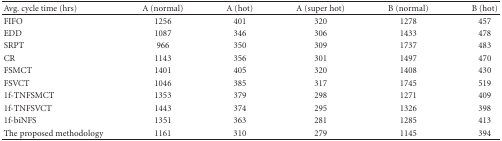
<table><thead><tr><td><b>Avg. cycle time (hrs)</b></td><td><b>A (normal)</b></td><td><b>A (hot)</b></td><td><b>A (super hot)</b></td><td><b>B (normal)</b></td><td><b>B (hot)</b></td></tr></thead><tbody><tr><td>FIFO</td><td>1256</td><td>401</td><td>320</td><td>1278</td><td>457</td></tr><tr><td>EDD</td><td>1087</td><td>346</td><td>306</td><td>1433</td><td>478</td></tr><tr><td>SRPT</td><td>966</td><td>350</td><td>309</td><td>1737</td><td>483</td></tr><tr><td>CR</td><td>1143</td><td>356</td><td>301</td><td>1497</td><td>470</td></tr><tr><td>FSMCT</td><td>1401</td><td>405</td><td>320</td><td>1408</td><td>430</td></tr><tr><td>FSVCT</td><td>1046</td><td>385</td><td>317</td><td>1745</td><td>519</td></tr><tr><td>1f-TNFSMCT</td><td>1353</td><td>379</td><td>298</td><td>1271</td><td>409</td></tr><tr><td>1f-TNFSVCT</td><td>1443</td><td>374</td><td>295</td><td>1326</td><td>398</td></tr><tr><td>1f-biNFS</td><td>1351</td><td>363</td><td>281</td><td>1285</td><td>413</td></tr><tr><td>The proposed methodology</td><td>1161</td><td>310</td><td>279</td><td>1145</td><td>394</td></tr></tbody></table>